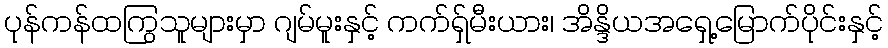
ပုန်ကန်ထကြွသူများမှာ ဂျမ်မူးနှင့် ကက်ရှ်မီးယား၊ အိန္ဒိယအရှေ့မြောက်ပိုင်းနှင့်